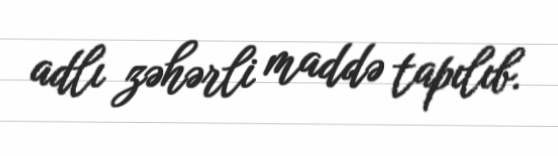
adlı zəhərli maddə tapılıb.